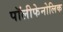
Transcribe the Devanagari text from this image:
पॉलीफेनोलिक